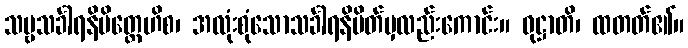
သဗ္ဗသင်္ခါရနိမိတ္တေဟိစ၊ အလုံးစုံသောသင်္ခါရနိမိတ်မှလည်းကောင်း။ ဝုဋ္ဌာတိ၊ ထတတ်၏။